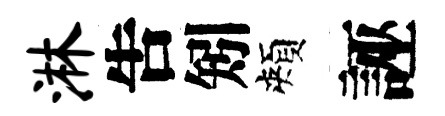
淋吿矧頰誣